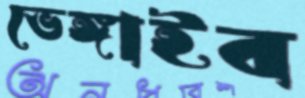
ভেঙ্গাইব